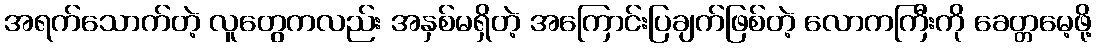
အရက်သောက်တဲ့ လူတွေကလည်း အနှစ်မရှိတဲ့ အကြောင်းပြချက်ဖြစ်တဲ့ လောကကြီးကို ခေတ္တမေ့ဖို့